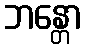
ဘန္တော